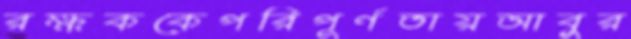
রক্ষককেপরিপূর্ণতায়আবুর